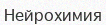
Нейрохимия